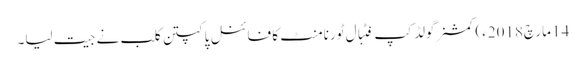
14 مارچ2018ء) کمشنرگولڈ کپ فٹبال ٹورنامنٹ کا فائنل پاکپتن کلب نے جیت لیا۔